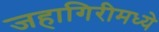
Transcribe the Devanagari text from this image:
जहागिरीमध्‍ये